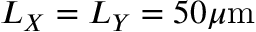
L _ { X } = L _ { Y } = 5 0 \mu \mathrm { m }